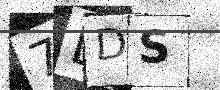
Text: 7DDS